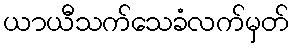
ယာယီသက်သေခံလက်မှတ်